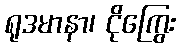
ရုဒမာနာ၊ ငိုကြွေး